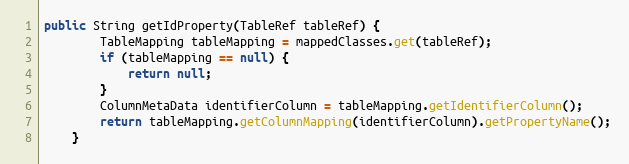
Language: Java
public String getIdProperty(TableRef tableRef) {
        TableMapping tableMapping = mappedClasses.get(tableRef);
        if (tableMapping == null) {
            return null;
        }
        ColumnMetaData identifierColumn = tableMapping.getIdentifierColumn();
        return tableMapping.getColumnMapping(identifierColumn).getPropertyName();
    }